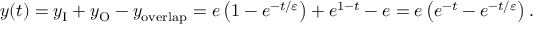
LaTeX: y ( t ) = y _ { \mathrm { I } } + y _ { \mathrm { O } } - y _ { \mathrm { o v e r l a p } } = e \left( { 1 - e ^ { - t / \varepsilon } } \right) + e ^ { 1 - t } - e = e \left( { e ^ { - t } - e ^ { - t / \varepsilon } } \right) .